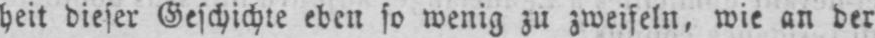
heit dieser Geschichte eben so wenig zu zweifeln, wie an der